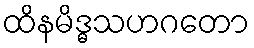
ထိနမိဒ္ဓသဟဂတော